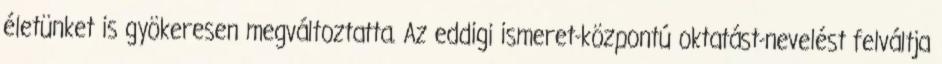
életünket is gyökeresen megváltoztatta. Az eddigi ismeret-központú oktatást-nevelést felváltja